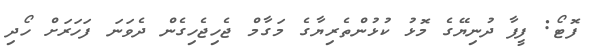
ފޮޓޯ: ފީފާ ދުނިޔޭގެ މޮޅު ކުޅުންތެރިޔާގެ މަގާމް ޖެހިޖެހިގެން ދެވަނަ ފަހަރަށް ހޯދި